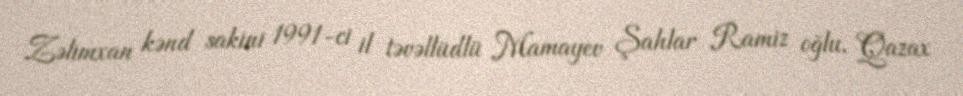
Zəlimxan kənd sakini 1991-ci il təvəllüdlü Mamayev Şahlar Ramiz oğlu, Qazax